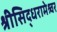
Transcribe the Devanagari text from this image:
श्रीसिद्धरामेश्र्वर